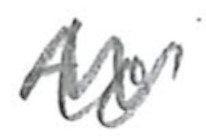
Text: to
Cross-out: mix
Writing tool: pencil